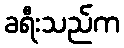
ခရီးသည်က